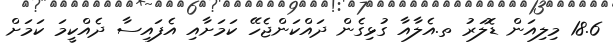
18.6 މިލިއަން ޑޮލަރު ތ.އެލާއާ ގުޅިގެން ދައްކަންޖެހޭ ކަމަށާއި އެފައިސާ ދެއްކީމަ ކަމަށް